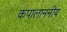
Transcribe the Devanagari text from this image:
कपालाननीय